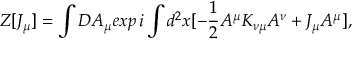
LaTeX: Z [ J _ { \mu } ] = \int { \cal D } A _ { \mu } e x p \, i \int d ^ { 2 } x [ - { \frac { 1 } { 2 } } A ^ { \mu } K _ { \nu \mu } A ^ { \nu } + J _ { \mu } A ^ { \mu } ] ,